Civil Veterinary Department. Central Provinces & Berar 1925-31 - 1925-1931
Year: 1925
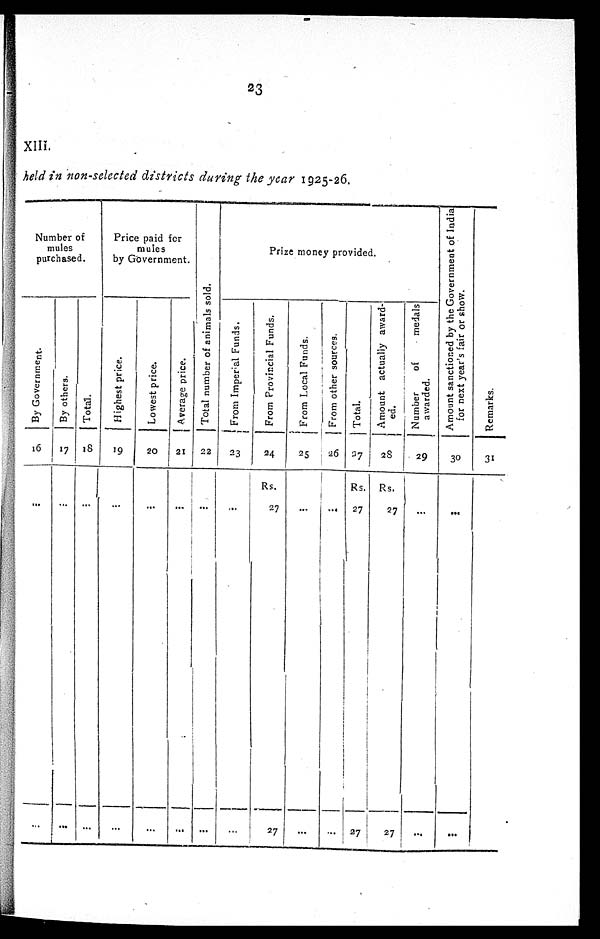
23
XIII.
held in non-selected districts during the year 1925-26.
Number of
mules
purchased.
By Government.
16
...
...
By others.
17
...
...
Total.
18
...
...
Price paid for
mules
by Government.
Highest price.
19
...
...
Lowest price.
20
...
...
Average price.
21
...
...
Total number of animals sold.
22
...
...
Prize money provided.
From Imperial Funds.
23
...
...
From Provincial Funds.
24
Rs.
27
27
From Local Funds.
25
...
...
From other sources.
26
...
...
Total.
27
Rs.
27
27
Amount actually award-
ed.
28
Rs.
27
27
Number
of
medals
awarded.
29
...
...
Amount sanctioned by the Government of India
for next year's fair or show.
30
...
...
Re ma r
ks .
31
...